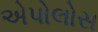
એપોલોસ